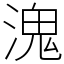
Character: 溾